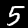
Digit: 5